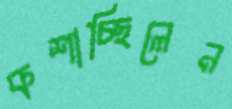
কশাচ্ছিলেন